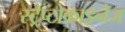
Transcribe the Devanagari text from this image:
स्ट्रैप्टोकाइनेज